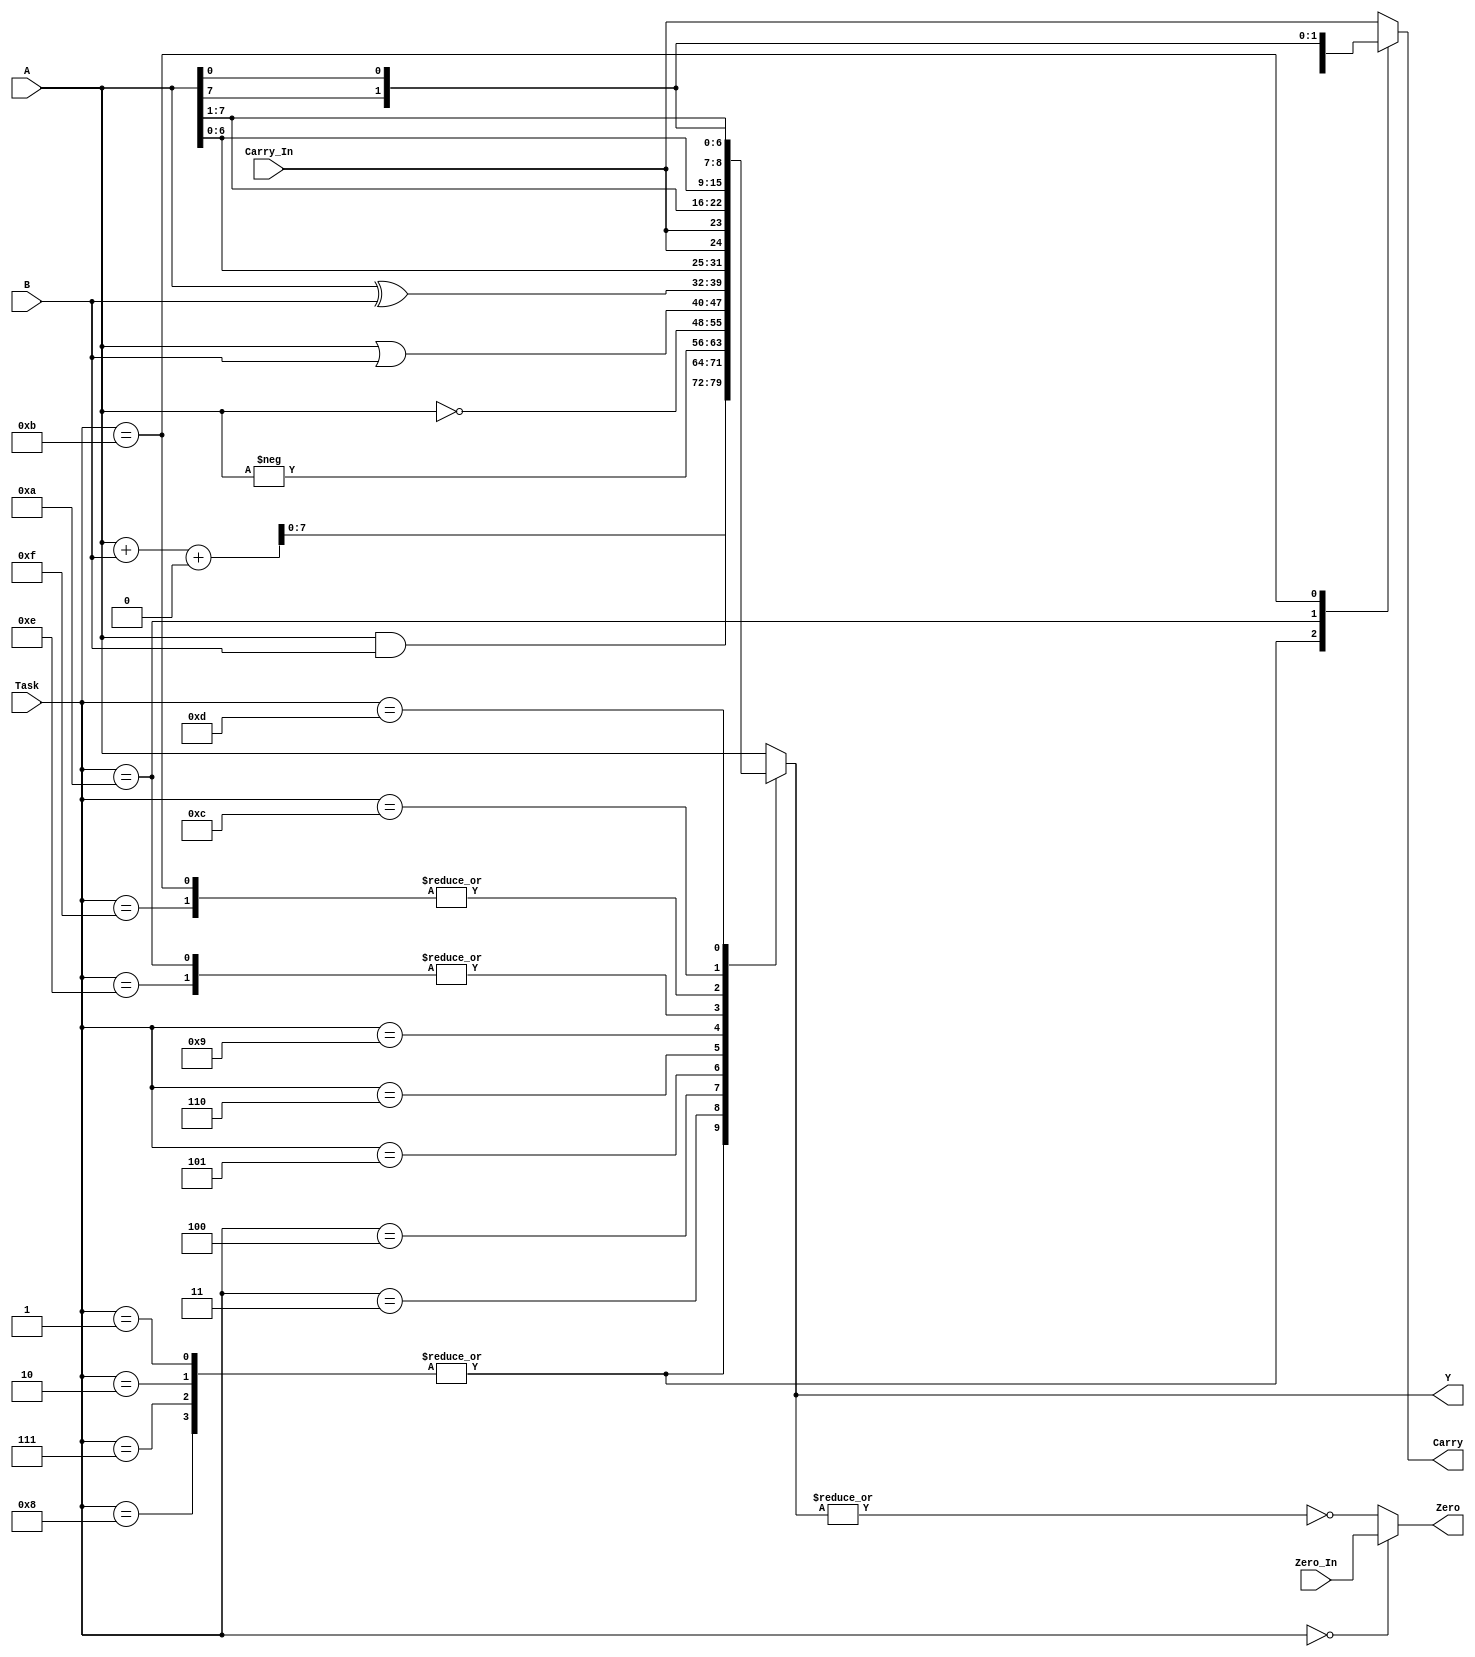
//==============================================================================
// Copyright (C) John-Philip Taylor
// jpt13653903@gmail.com
//
// This file is part of a library
//
// This file is free software: you can redistribute it and/or modify
// it under the terms of the GNU General Public License as published by
// the Free Software Foundation, either version 3 of the License, or
// (at your option) any later version.
// 
// This program is distributed in the hope that it will be useful,
// but WITHOUT ANY WARRANTY; without even the implied warranty of
// MERCHANTABILITY or FITNESS FOR A PARTICULAR PURPOSE.  See the
// GNU General Public License for more details.
// 
// You should have received a copy of the GNU General Public License
// along with this program.  If not, see <http://www.gnu.org/licenses/>
//==============================================================================

module CPU_Arith(
  input      [7:0]A,
  input      [7:0]B,
  input      [3:0]Task,
  input           Carry_In,
  input           Zero_In,
  output reg [7:0]Y,
  output reg      Carry,
  output          Zero);
//------------------------------------------------------------------------------

  wire [8:0]A_B;
  wire      A_C_In;
  wire [7:0]A_Y;
  wire      A_C;

  wire C10;
  wire C11;
 
  wire tC;
//------------------------------------------------------------------------------

  assign A_B[  8] = ((Task == "0111") || (Task == "1000"));
  assign A_B[7:0] = (A_B[8]) ? (~B) : B;

  assign tC     = ((Task == "0001") || (Task == "0111")) ? Carry_In : 1'b0;
  assign A_C_In = (A_B[8]) ? (~tC) : tC;

  assign {A_C, A_Y} = A + A_B + A_C_In;

  assign C10 = A[7];
  assign C11 = A[0];

  always @* begin
    case(Task)
      4'h1,
      4'h2,
      4'h7,
      4'h8   : Y <= A_Y;
      4'h3   : Y <= A & B;
      4'h4   : Y <= -A;
      4'h5   : Y <= ~A;
      4'h6   : Y <= A | B;
      4'h9   : Y <= A ^ B;
      4'hA,
      4'hE   : Y <= {A[6:0], Carry_In};
      4'hB,
      4'hF   : Y <= {Carry_In, A[7:1]};
      4'hC   : Y <= {A[6:0], A[7]};
      4'hD   : Y <= {A[0],  A[7:1]};
      default: Y <= A;
    endcase
  end
 
  assign Zero = (Task == 4'b0000) ? Zero_In : (!(|Y));

  always @* begin
    case(Task)
      4'h1,
      4'h2,
      4'h7,
      4'h8   : Carry <= A_C;
      4'hA   : Carry <= C10;
      4'hB   : Carry <= C11;
      default: Carry <= Carry_In;
    endcase
  end
endmodule
//------------------------------------------------------------------------------